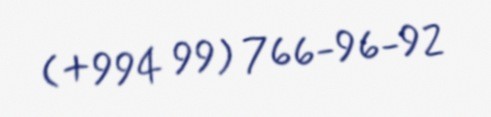
(+994 99) 766-96-92